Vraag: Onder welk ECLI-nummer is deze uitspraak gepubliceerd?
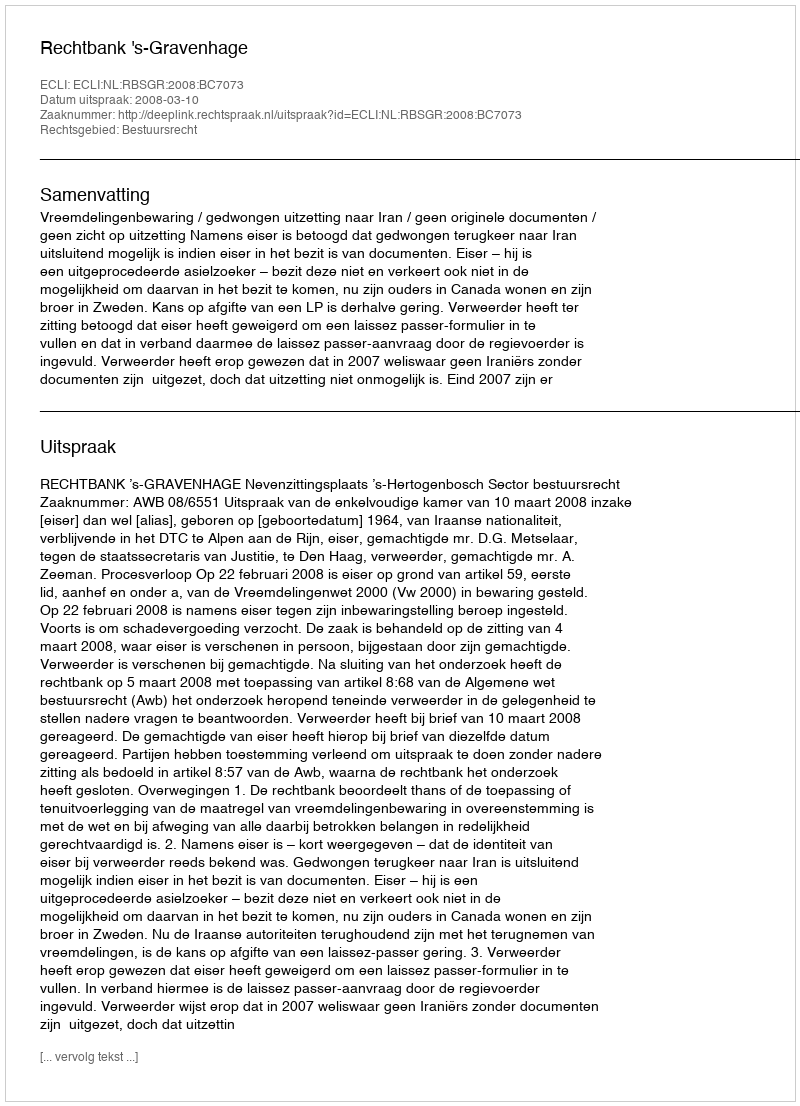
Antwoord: ECLI:NL:RBSGR:2008:BC7073